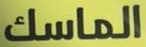
الماسك